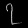
Digit: ၇